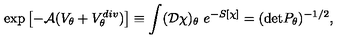
\exp \left[ - { \cal A } ( V _ { \theta } + V _ { \theta } ^ { d i v } ) \right] \equiv \int ( { \cal D } \chi ) _ { \theta } \ e ^ { - S [ \chi ] } = ( \mathrm { d e t } P _ { \theta } ) ^ { - 1 / 2 } ,